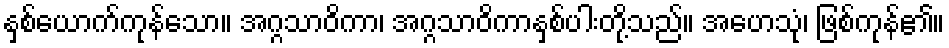
နှစ်ယောက်ကုန်သော။ အဂ္ဂသာဝိကာ၊ အဂ္ဂသာဝိကာနှစ်ပါးတို့သည်။ အဟေသုံ၊ ဖြစ်ကုန်၏။